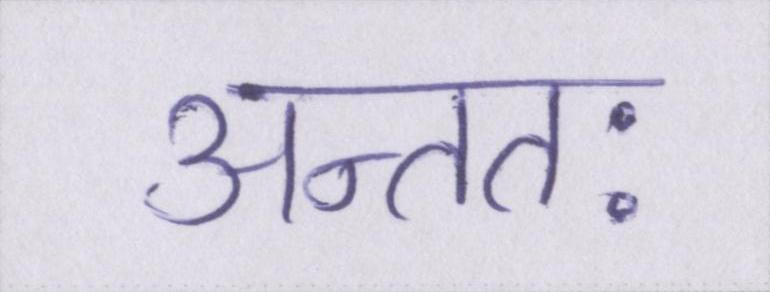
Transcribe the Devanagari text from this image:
अन्ततः